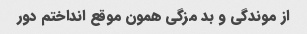
از موندگی و بد مزگی همون موقع انداختم دور